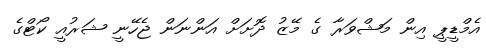
އެމްޑީޕީ އިން މަޝްވަރާ ގެ މޭޒު ދޮށަށް އަންނަން ޖެހޭނީ ޝަރުއީ ކޯޓްގެ